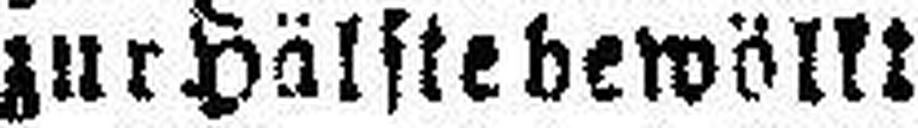
zur Hälfte bewölkt